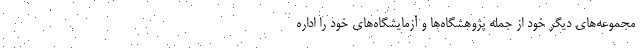
مجموعه‌های دیگر خود از جمله پژوهشگاه‌ها و آزمایشگاه‌های خود را اداره